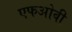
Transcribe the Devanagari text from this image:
एफओवी